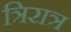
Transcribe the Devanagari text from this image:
त्रिरात्र